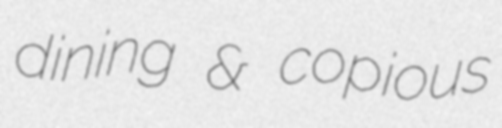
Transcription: dining & copious